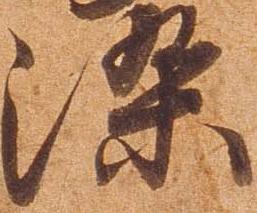
染